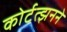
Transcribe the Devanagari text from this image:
कोर्टत्झनने